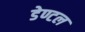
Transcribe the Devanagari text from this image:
डेण्टल